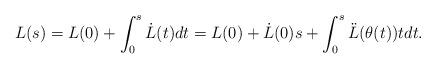
LaTeX: \begin{align*}L(s)=L(0)+\int_0^s\dot {L}(t)dt=L(0)+\dot L(0)s+\int_0^s\ddot{L}(\theta(t))tdt.\end{align*}